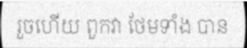
រួចហើយ ពួកវា ថែមទាំង បាន